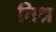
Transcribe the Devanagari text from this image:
तिश्र